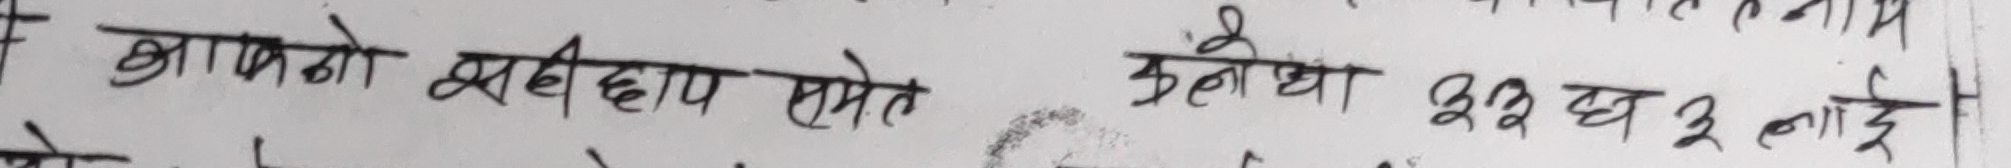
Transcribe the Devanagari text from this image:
आफ्नो सहीछाप समेत हुनेछ ३२ घ ३ लाख रु